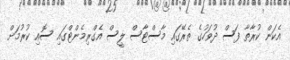
އެކަން ކުރާތާ ފަސް ދުވަހުގެ ތެރޭގައި މާސްޓާސް ލީސް އެގްރިމެންޓްގައި ސޮއި ކުރުމަށް